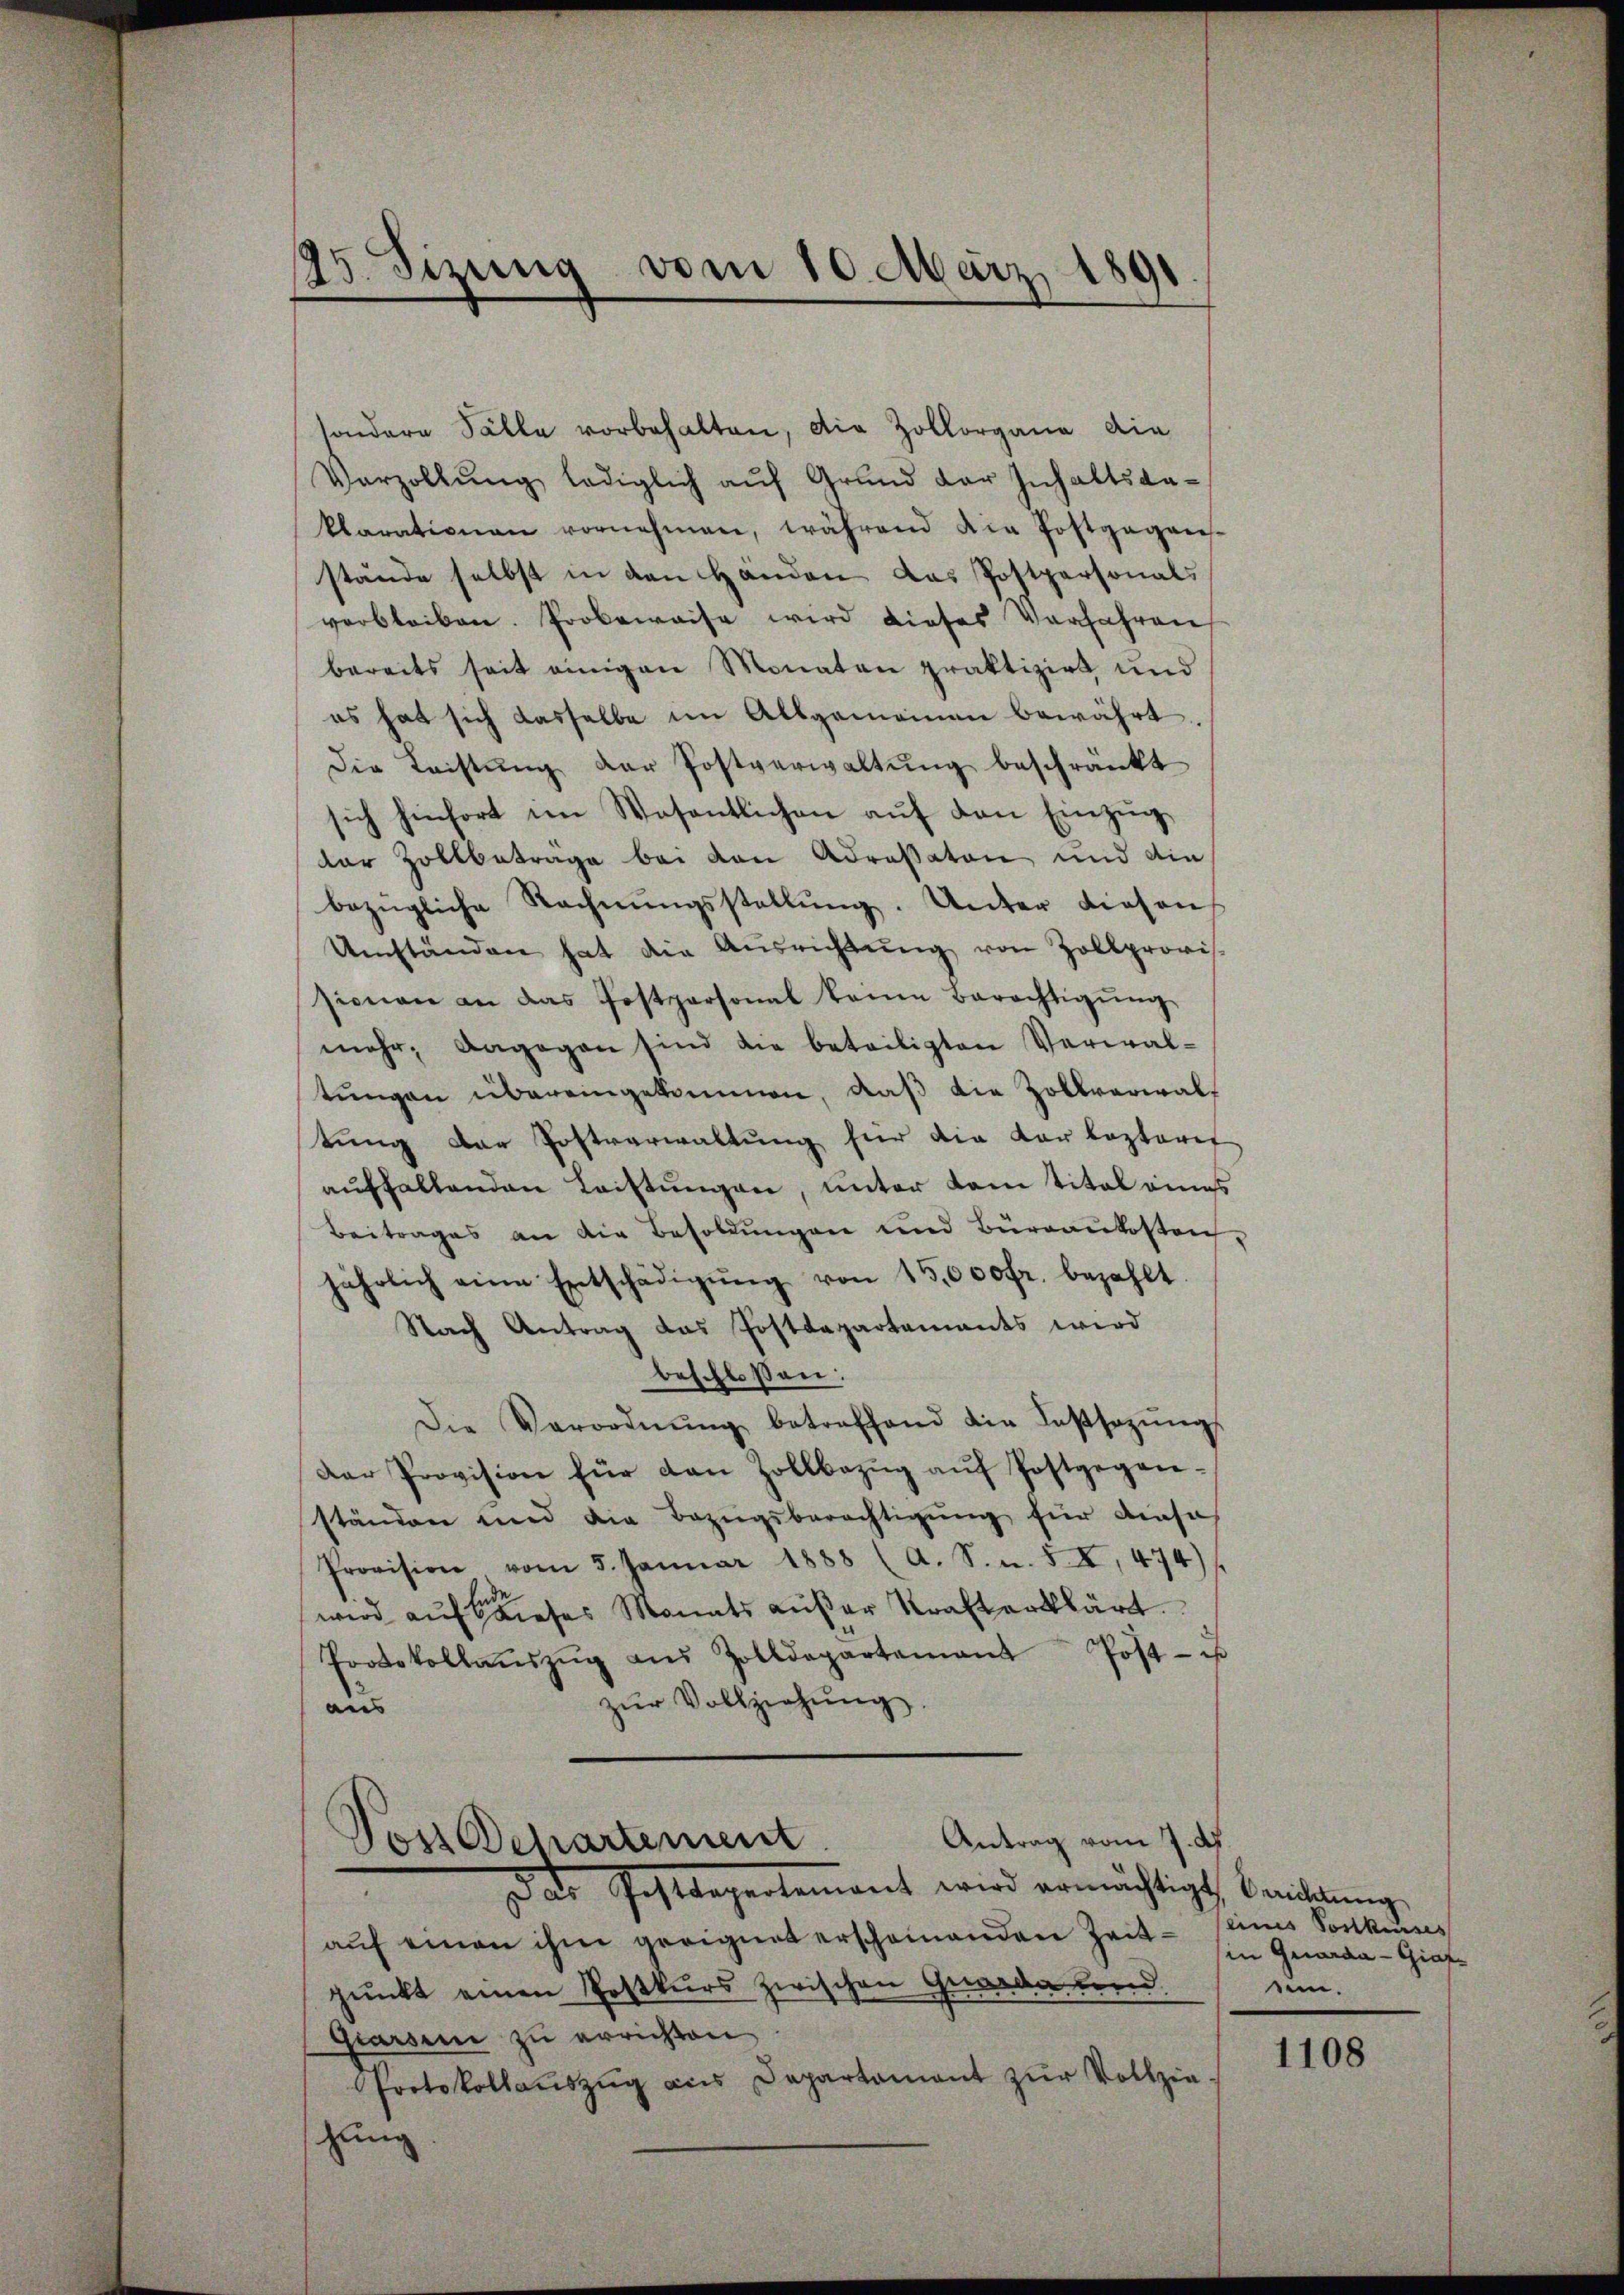
25. Sizung vom 10. März 1891

sondern Fälle vorbehalten, die Zollorgane die
Varzollŭng lediglich aŭf Grund der Inhaltsaklarationen vornehmen, während die Postgagaes-
stände selbst in den Händen das Postpersonals
verbleiben. Probeweise wird dieses Verfahren
bereits seit einigen Monaten praktizirt und
es hat sich dasselbe im Allgemeinen bewährt
Die Leistŭng der Postverwaltŭng beschränkt
sich hinfort im Wesentlichen aŭf den Einzŭg
der Zollbetrage bei von Adressaton und die
bezügliche Rechnŭngsstellŭng. Unter diesen
Umständen hat die Aŭsrichtŭng von Zollprovis
sionen an das Postpersonal keine Berechtigŭng
mehr, dagegen sind die beteiligten Verwal-
tungen übereingekommen, daß die Zollverwaltung der Postverwaltung für die Karlezteres
aŭfhaltenden Leistŭngen, unter dem Titel eines
Beitrages an die Besoldungen und Büreaukosten
jährlich eine Entschädigŭng von 15,000 fr. bezahlt.
Nach Antrag das Postdepartements wird
beschloßen:
Die Verordnŭng betreffend die Lassazŭngs
Der Provision für den Zollbezŭg aŭf Postgegen-
ständen und die Bezŭgsberechtigŭng für diese
Provision vom 5. Janŭar 1888 (A. S. n. 5 X, 474)
wird auf dieses Monats außer Kraft erklärt.
Protokollaŭszŭg aŭs Zolldepartement Post- u
zŭr Vollziehung
aus
Antrag vom 7. d.
Dos Departement
 ds Gestdepartement wird ermächtigt, berichtung
auf einen ihm geeignet erscheinenden Zeitpunkt einen Postkurs zwischen Gewade und
Giarsen zu errichten.
Protokollaŭszŭg ans Departamant zŭr Vollzie-
hung

eines Postkurses
in Quarda-Giar-
ein.

1108